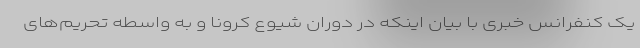
یک کنفرانس خبری با بیان اینکه در دوران شیوع کرونا و به واسطه تحریم‌های